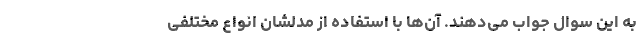
به این سوال جواب می‌دهند. آن‌ها با استفاده از مدلشان انواع مختلفی